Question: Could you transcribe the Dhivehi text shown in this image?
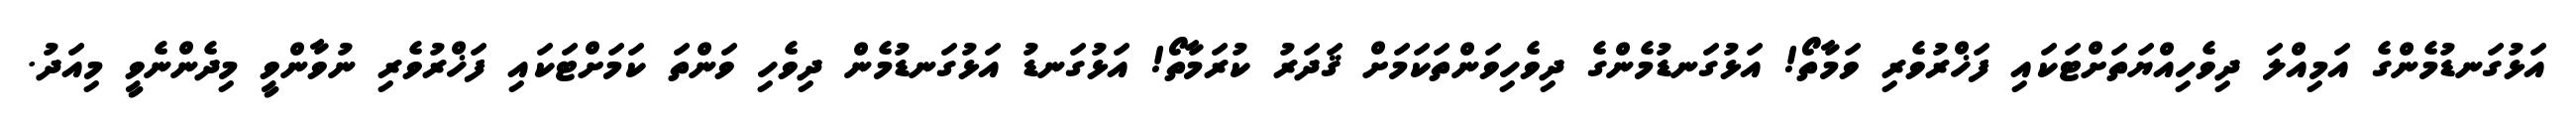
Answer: އަޅުގަނޑުމެންގެ އަމިއްލަ ދިވެހިއްޔަތަށްޓަކައި ފަޚްރުވެރި ވަމާތޯ! އަޅުގަނޑުމެންގެ ދިވެހިވަންތަކަމަށް ޤަދަރު ކުރަމާތޯ! އަޅުގަނޑު އަޅުގަނޑުމެން ދިވެހި ވަންތަ ކަމަށްޓަކައި ފަޚްރުވެރި ނުވާންވީ މިދެންނެވީ މިއަދު.